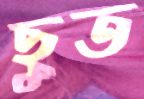
ছুত